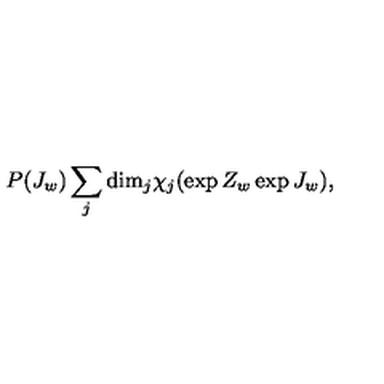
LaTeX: P ( J _ { w } ) \sum _ { j } \mathrm { d i m } _ { j } \chi _ { j } ( \exp { Z _ { w } } \exp { J _ { w } } ) ,